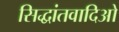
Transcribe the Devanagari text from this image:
सिद्धांतवादिओ